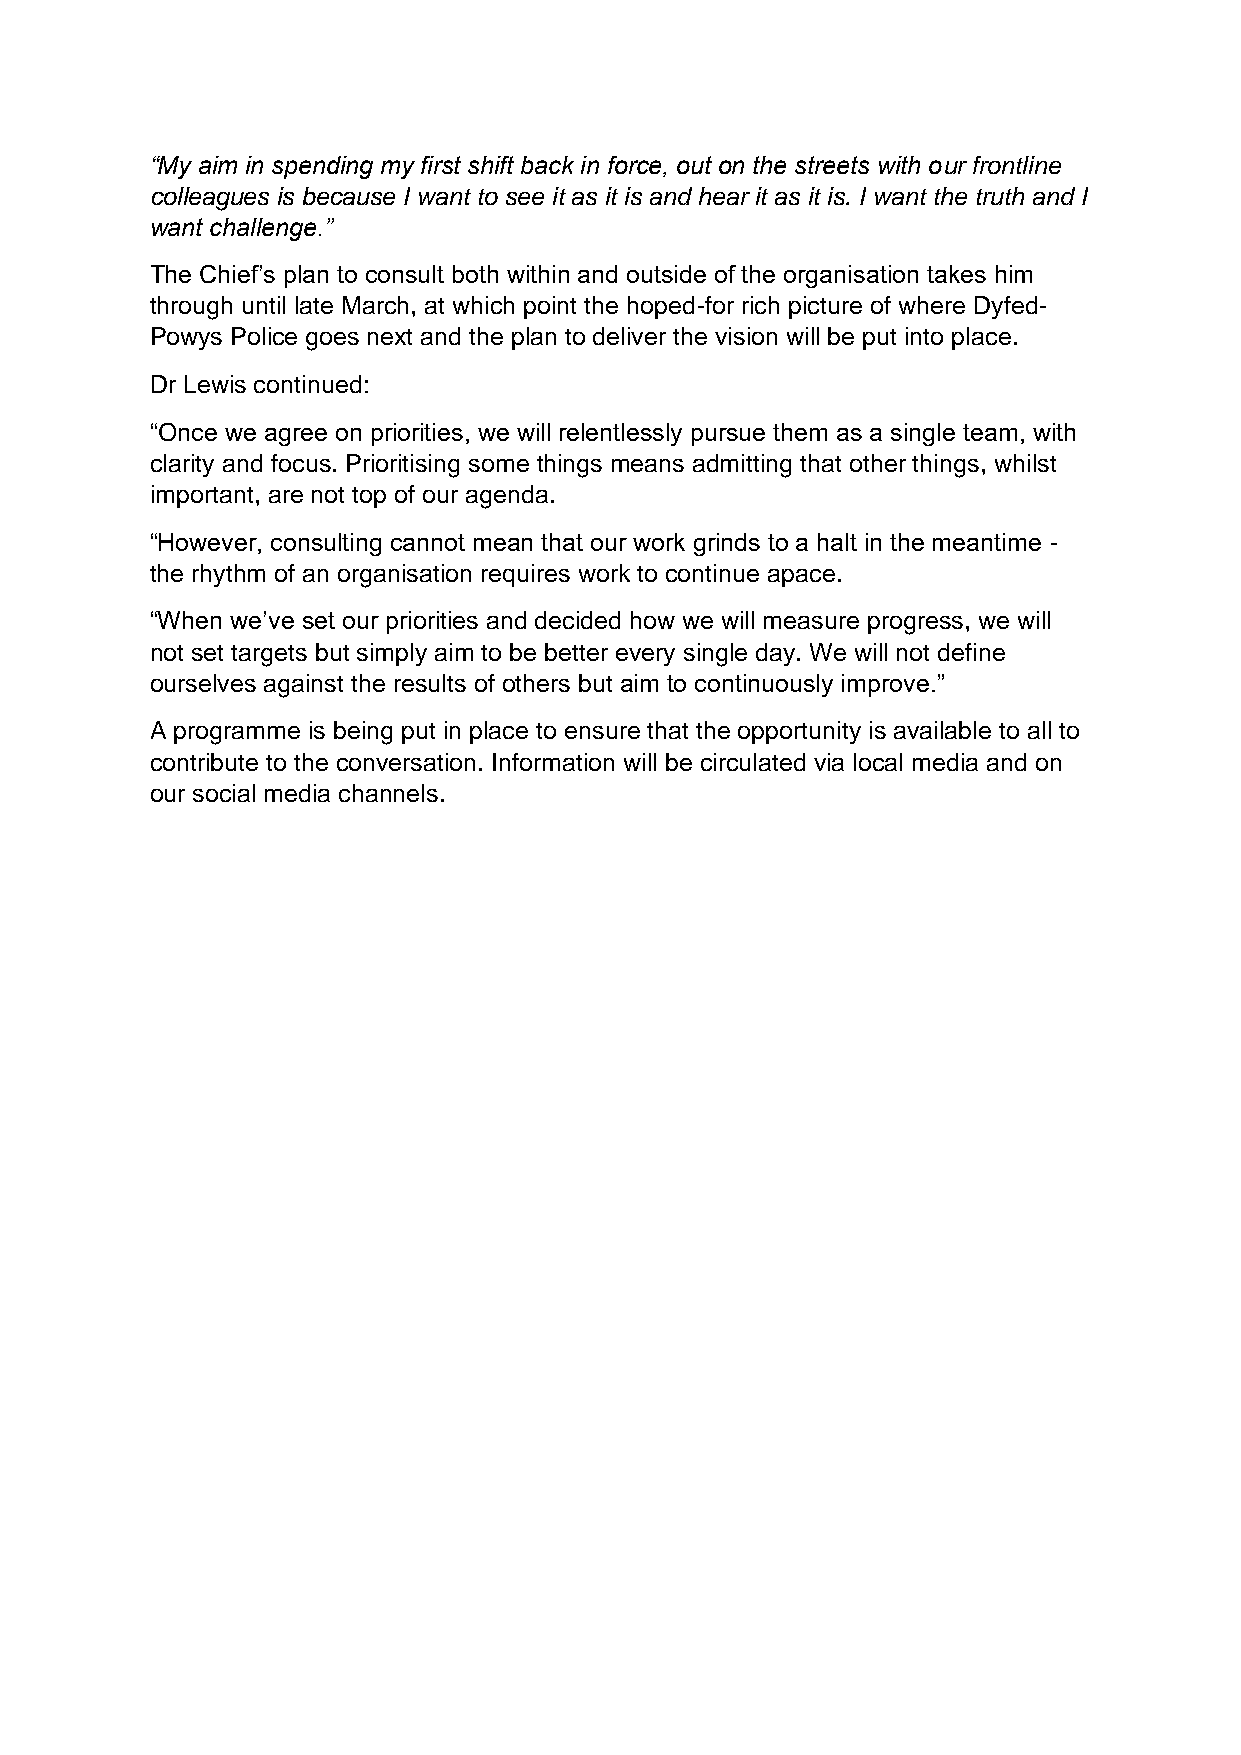
“My aim in spending my first shift back in force, out on the streets with our frontline
 colleagues is because I want to see it as it is and hear it as it is. I want the truth and I
 want challenge.”
 The Chief’s plan to consult both within and outside of the organisation takes him
 through until late March, at which point the hoped-for rich picture of where Dyfed-
 Powys Police goes next and the plan to deliver the vision will be put into place.
 Dr Lewis continued:
 “Once we agree on priorities, we will relentlessly pursue them as a single team, with
 clarity and focus. Prioritising some things means admitting that other things, whilst
 important, are not top of our agenda.
 “However, consulting cannot mean that our work grinds to a halt in the meantime -
 the rhythm of an organisation requires work to continue apace.
 “When we’ve set our priorities and decided how we will measure progress, we will
 not set targets but simply aim to be better every single day. We will not define
 ourselves against the results of others but aim to continuously improve.”
 A programme is being put in place to ensure that the opportunity is available to all to
 contribute to the conversation. Information will be circulated via local media and on
 our social media channels.